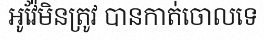
អូវ៉ែមិនត្រូវ បានកាត់ចោលទេ